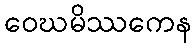
ဝေဃမိဿကေန